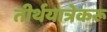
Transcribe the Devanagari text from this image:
तीर्थयात्रेकरू